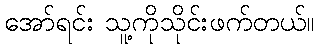
အော်ရင်း သူ့ကိုသိုင်းဖက်တယ်။